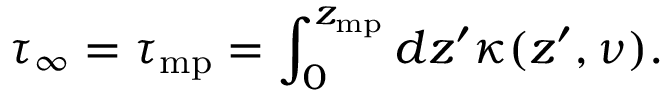
\tau _ { \infty } = \tau _ { \mathrm { m p } } = \int _ { 0 } ^ { z _ { \mathrm { m p } } } d z ^ { \prime } \kappa ( z ^ { \prime } , \nu ) .